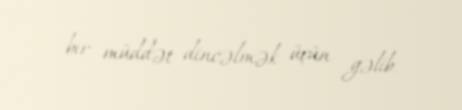
bir müddət dincəlmək üçün gəlib.